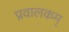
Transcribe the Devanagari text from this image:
प्रवालकम्‌